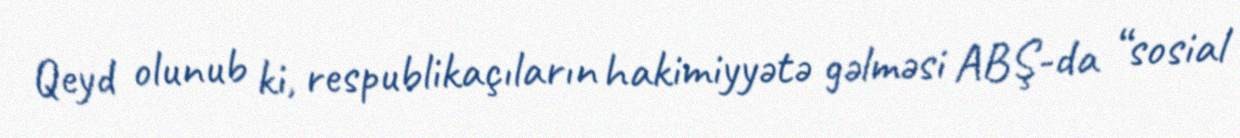
Qeyd olunub ki, respublikaçıların hakimiyyətə gəlməsi ABŞ-da “sosial